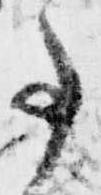
事